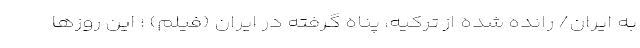
به ایران/ رانده شده از ترکیه، پناه گرفته در ایران (فیلم) ؛ این روزها